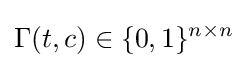
\Gamma (t,c)\in \{0,1\}^{n\times n}